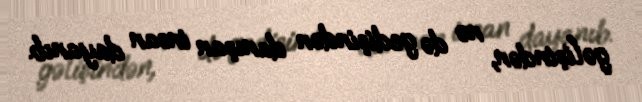
gəlişindən, nə də gedişindən danışan insan dayanıb.